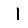
Digit: 1